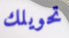
تحويلك